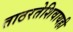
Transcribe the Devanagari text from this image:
ताठरतेशिवायही